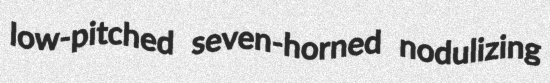
low-pitched seven-horned nodulizing